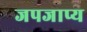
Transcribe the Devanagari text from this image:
जपजाप्य